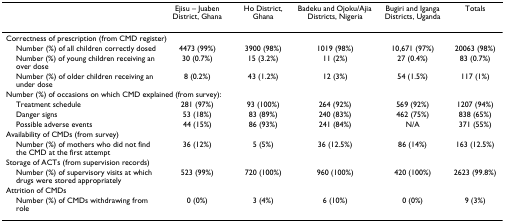
<table><thead><tr><td>[EMPTY_CELL]</td><td><b>Ejisu – Juaben District, Ghana</b></td><td><b>Ho District, Ghana</b></td><td><b>Badeku and Ojoku/Ajia Districts, Nigeria</b></td><td><b>Bugiri and Iganga Districts, Uganda</b></td><td><b>Totals</b></td></tr></thead><tbody><tr><td colspan="6">Correctness of prescription (from CMD register)</td></tr><tr><td> Number (%) of all children correctly dosed</td><td>4473 (99%)</td><td>3900 (98%)</td><td>1019 (98%)</td><td>10,671 (97%)</td><td>20063 (98%)</td></tr><tr><td> Number (%) of young children receiving an over dose</td><td>30 (0.7%)</td><td>15 (3.2%)</td><td>11 (2%)</td><td>27 (0.4%)</td><td>83 (0.7%)</td></tr><tr><td> Number (%) of older children receiving an under dose</td><td>8 (0.2%)</td><td>43 (1.2%)</td><td>12 (3%)</td><td>54 (1.5%)</td><td>117 (1%)</td></tr><tr><td colspan="6">Number (%) of occasions on which CMD explained (from survey):</td></tr><tr><td> Treatment schedule</td><td>281 (97%)</td><td>93 (100%)</td><td>264 (92%)</td><td>569 (92%)</td><td>1207 (94%)</td></tr><tr><td> Danger signs</td><td>53 (18%)</td><td>83 (89%)</td><td>240 (83%)</td><td>462 (75%)</td><td>838 (65%)</td></tr><tr><td> Possible adverse events</td><td>44 (15%)</td><td>86 (93%)</td><td>241 (84%)</td><td>N/A</td><td>371 (55%)</td></tr><tr><td colspan="6">Availability of CMDs (from survey)</td></tr><tr><td> Number (%) of mothers who did not find the CMD at the first attempt</td><td>36 (12%)</td><td>5 (5%)</td><td>36 (12.5%)</td><td>86 (14%)</td><td>163 (12.5%)</td></tr><tr><td colspan="6">Storage of ACTs (from supervision records)</td></tr><tr><td> Number (%) of supervisory visits at which drugs were stored appropriately</td><td>523 (99%)</td><td>720 (100%)</td><td>960 (100%)</td><td>420 (100%)</td><td>2623 (99.8%)</td></tr><tr><td colspan="6">Attrition of CMDs</td></tr><tr><td> Number (%) of CMDs withdrawing from role</td><td>0 (0%)</td><td>3 (4%)</td><td>6 (10%)</td><td>0 (0%)</td><td>9 (3%)</td></tr></tbody></table>